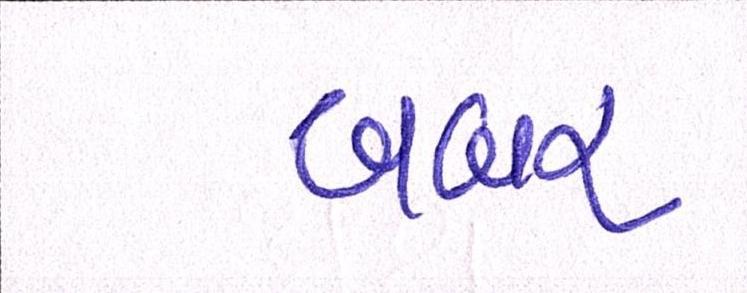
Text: બબર